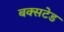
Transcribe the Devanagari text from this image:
बक्सटेड